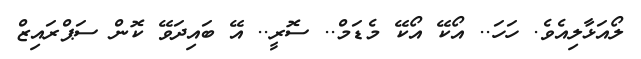
ލޯއަޅާލިއެވެ. ހަހަ.. އޯކޭ އޯކޭ މެޑަމް.. ސޮރީ.. އޭ ބައިދަވޭ ކޮން ސަޕްރައިޒް